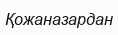
Қожаназардан